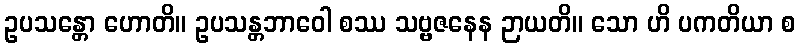
ဥပသန္တော ဟောတိ။ ဥပသန္တဘာဝေါ စဿ သဗ္ဗဇနေန ဉာယတိ။ သော ဟိ ပကတိယာ စ